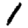
Digit: 1